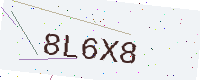
Text: 8L6X8